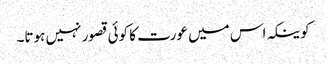
کوینکہ اس میں عورت کا کوئی قصور نہیں ہوتا۔